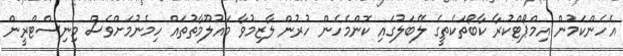
އެހެންކަމުން އިމްޕޯޓްކުރާ ކާބޯތަކެތީގެ ލޭބަލުގައި ކޮންމެހެން ހުރުން ލާޒިމުވާ މައުލޫމާތުތައް ހިމެނުމަށްވެސް މިނިސްޓްރީން